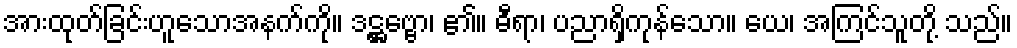
အားထုတ်ခြင်းဟူသောအနက်ကို။ ဒဋ္ဌဗ္ဗော၊ ၏။ ဓီရာ၊ ပညာရှိကုန်သော။ ယေ၊ အကြင်သူတို့ သည်။